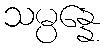
သမ္ပန္နေ